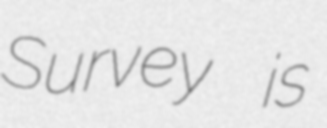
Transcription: Survey is